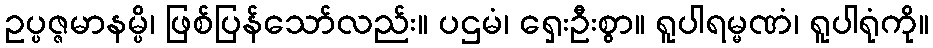
ဥပ္ပဇ္ဇမာနမ္ပိ၊ ဖြစ်ပြန်သော်လည်း။ ပဌမံ၊ ရှေးဦးစွာ။ ရူပါရမ္မဏံ၊ ရူပါရုံကို။